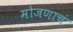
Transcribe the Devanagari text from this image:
मोजणाचं